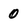
Character: 0